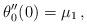
LaTeX: \begin{align*} \theta_0''(0) = \mu_1 \,,\end{align*}